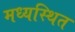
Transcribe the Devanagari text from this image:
मध्यस्थित